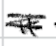
Text: it
Cross-out: scratch
Writing tool: digital_black